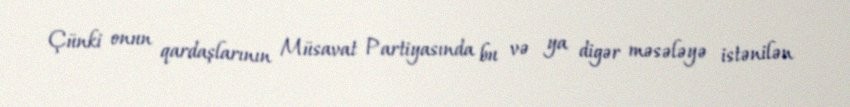
Çünki onun qardaşlarının Müsavat Partiyasında bu və ya digər məsələyə istənilən